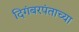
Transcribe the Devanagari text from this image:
दिगंबरपंताच्या